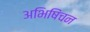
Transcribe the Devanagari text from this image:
अभिषिंचन